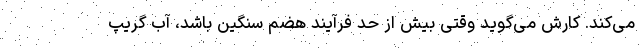
می‌کند. کارش می‌گوید وقتی بیش از حد فرآیند هضم سنگین باشد، آب گریپ